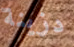
دزينة